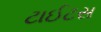
ટાઈટસ